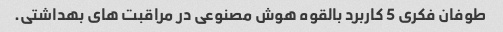
طوفان فکری 5 کاربرد بالقوه هوش مصنوعی در مراقبت های بهداشتی.